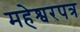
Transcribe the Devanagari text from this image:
महेश्वरपत्र